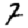
Digit: 7